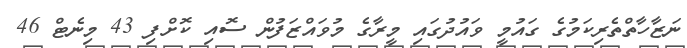
ނަޒާހާތްތެރިކަމުގެ ގައުމީ ވައުދުގައި މީރާގެ މުވައްޒަފުން ސޮއި ކޮށްފި 43 މިނެޓް 46